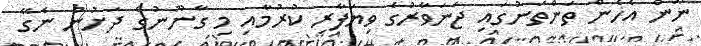
ނޫން އެހެން ތަންތަނުގައި ޖަނަވާރުގެ ވިޔަފާރި ކުރުމާއި މި ގާނޫނުގެ ދަށުން ނެގޭ